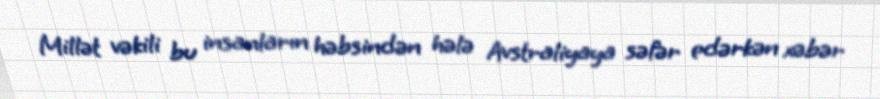
Millət vəkili bu insanların həbsindən hələ Avstraliyaya səfər edərkən xəbər